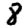
Digit: 8